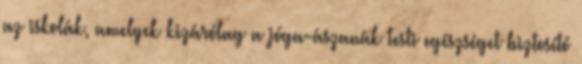
az iskolák, amelyek kizárólag a jóga-ászanák testi egészséget biztosító